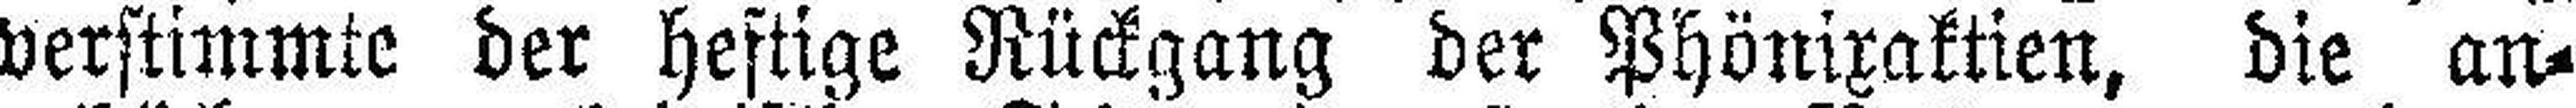
verstimmte der heftige Rückgang der Phönixaktien, die an¬